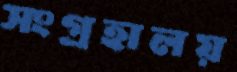
সংগ্রহালয়